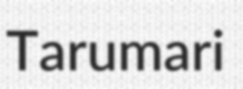
Tarumari